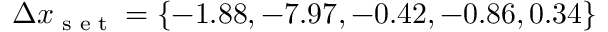
\Delta x _ { \textrm { s e t } } = \{ - 1 . 8 8 , - 7 . 9 7 , - 0 . 4 2 , - 0 . 8 6 , 0 . 3 4 \}